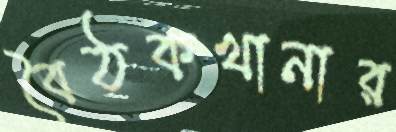
বৈঠকখানার